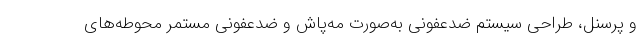
و پرسنل، طراحی سیستم ضدعفونی به‌صورت مه‌پاش و ضدعفونی مستمر محوطه‌های